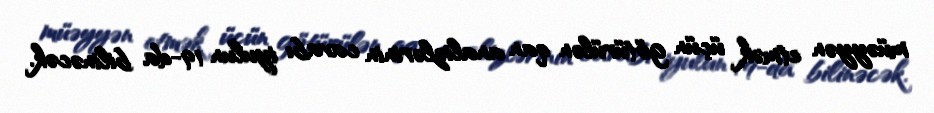
müəyyən etmək üçün götürülən qan analizlərinin cavabı iyulun 19-da bilinəcək.